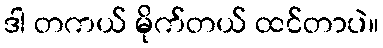
ဒါ တကယ် မိုက်တယ် ထင်တာပဲ။